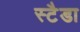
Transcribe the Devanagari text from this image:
स्टैडा